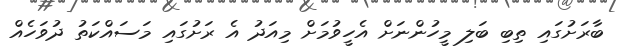
ބާރަށުގައި ތިބި ބަލި މީހުންނަށް އެހީވުމަށް މިއަދު އެ ރަށުގައި މަސައްކަތު ދުވަހެއް